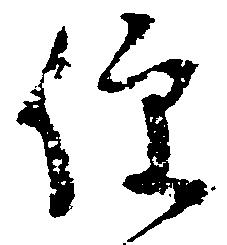
便